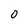
Character: O